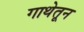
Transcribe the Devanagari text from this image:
गाथेतून